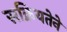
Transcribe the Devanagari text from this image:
सक्रियतेने